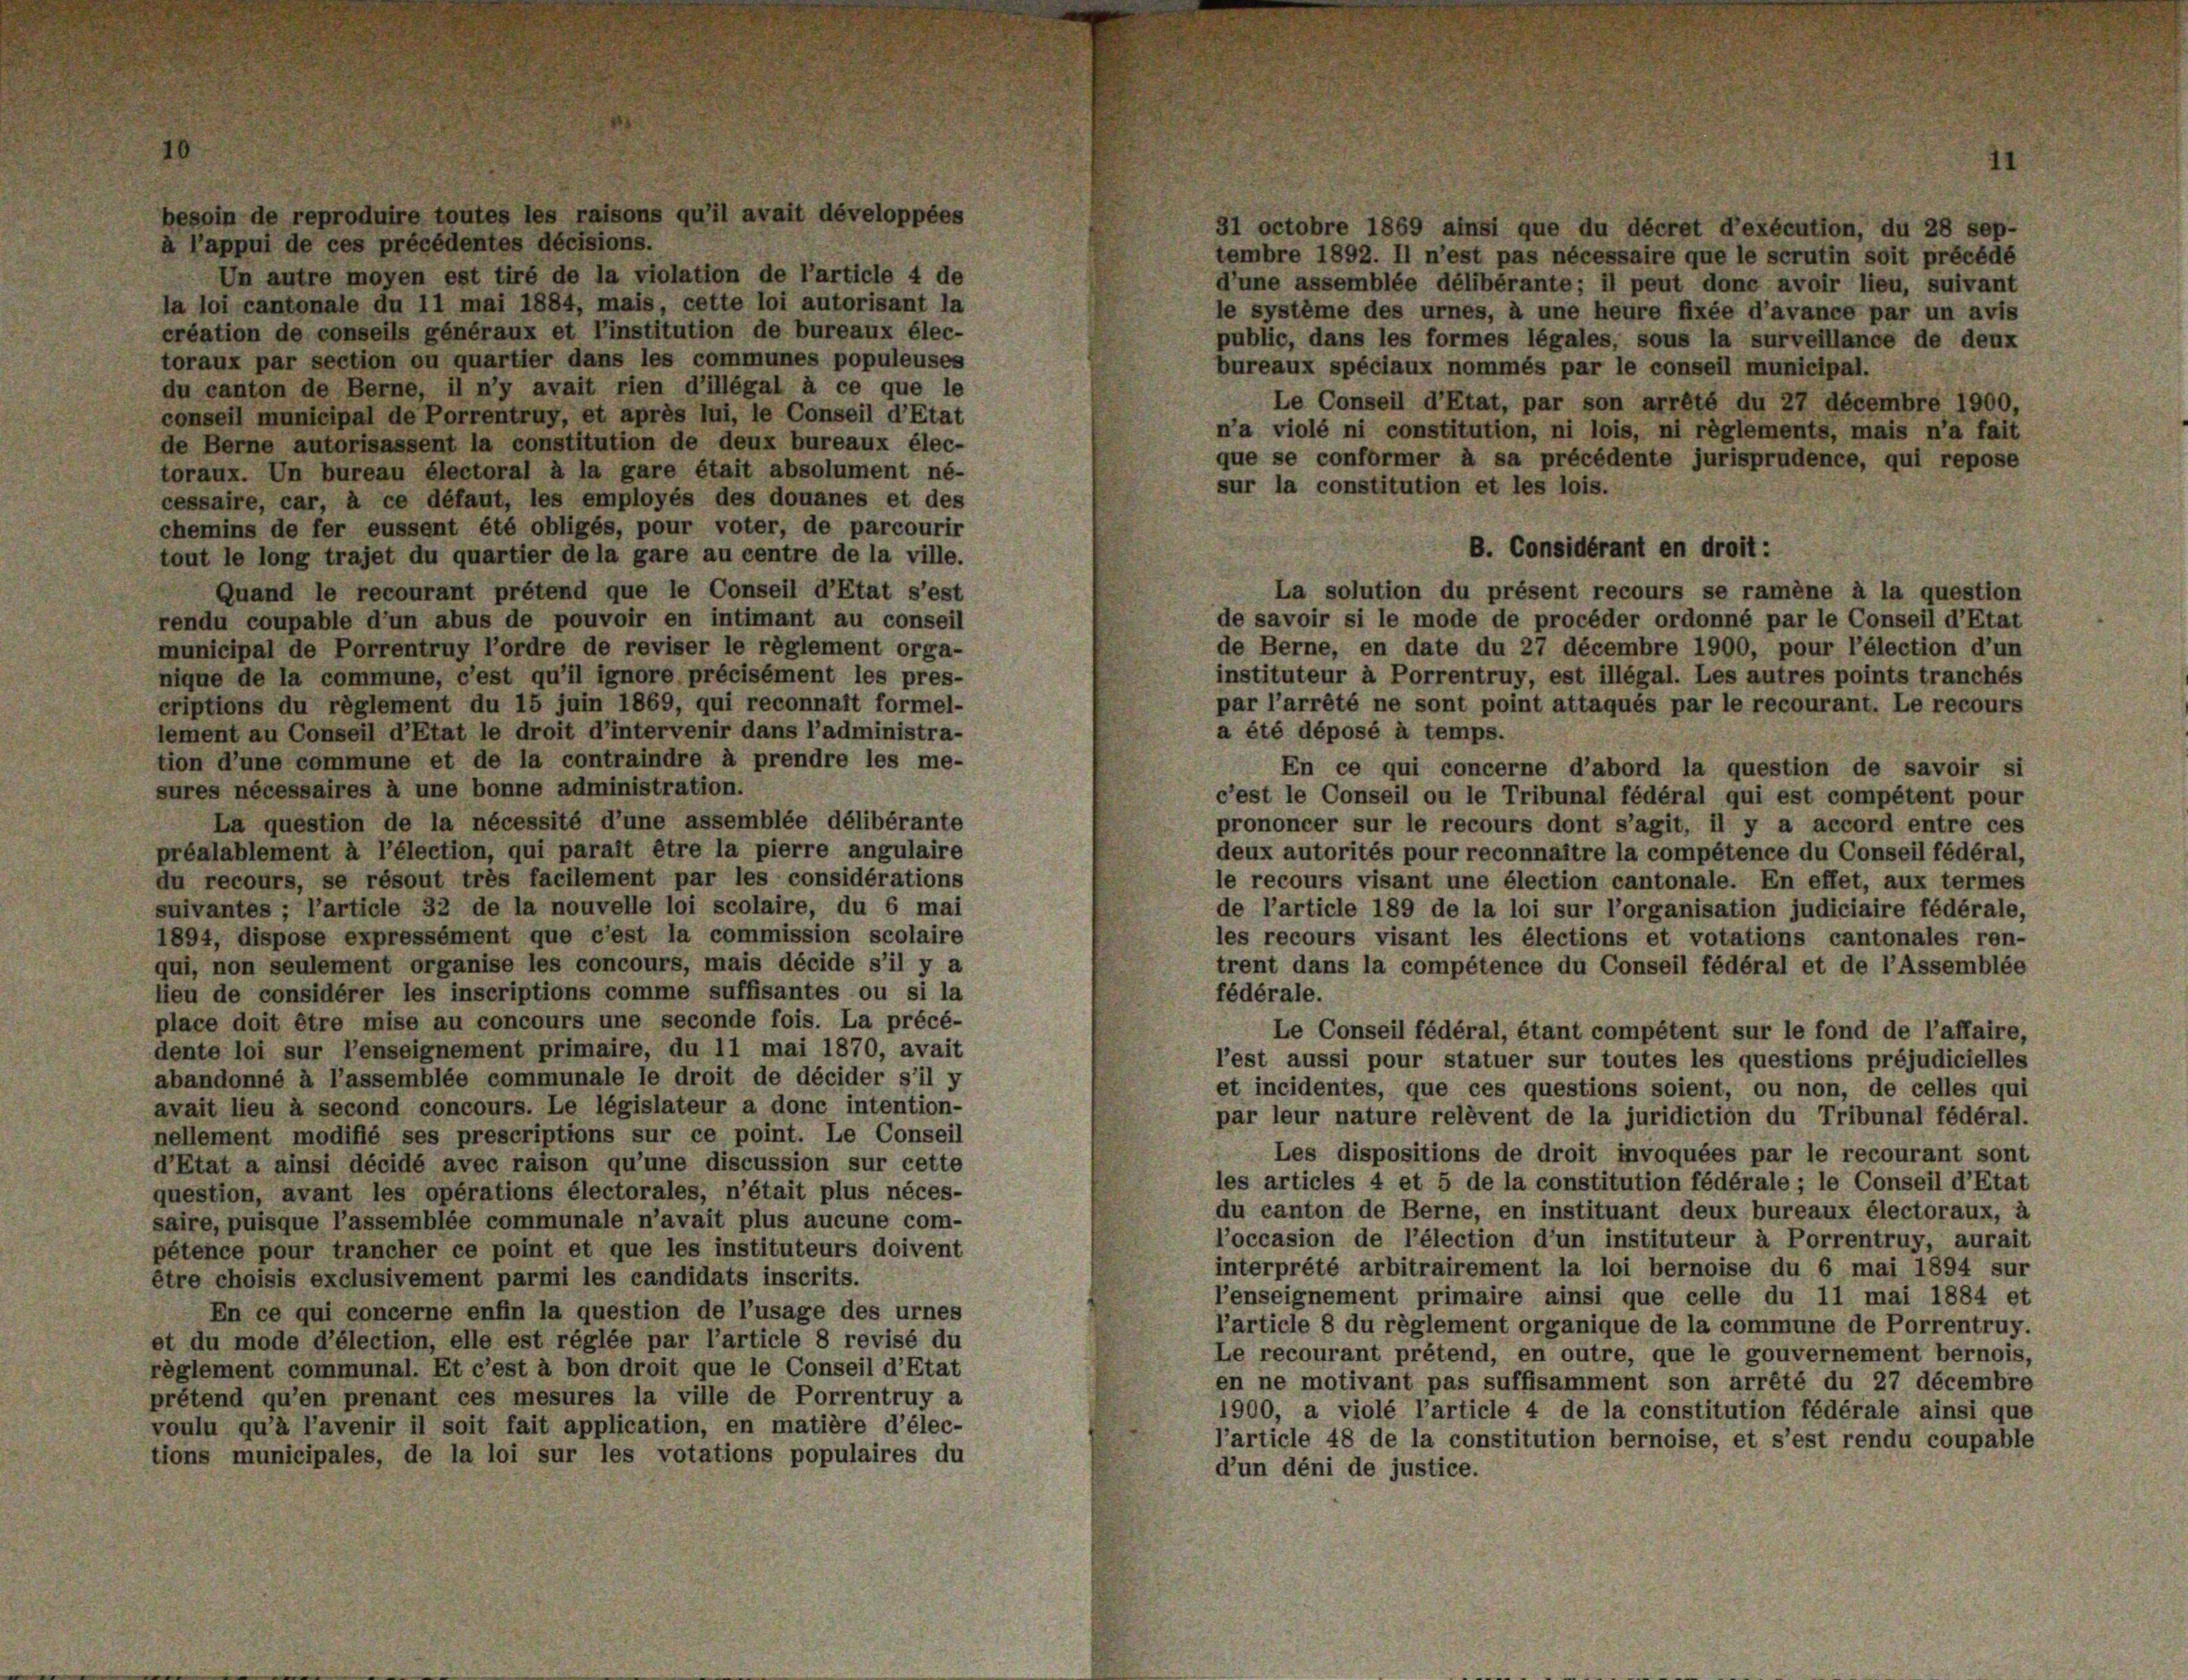
à l’appui de ces précédentes décisions.
Un autre moyen est tiré de la violation de l’article 4 de
la loi cantonale du 11 mai 1884, mais, cette loi autorisant la
création de conseils généraux et l’institution de bureaux élec-
toraux par section ou quartier dans les communes populeuses
du canton de Berne, il n’y avait rien d’illégal à ce que le
conseil municipal de Porrentruy, et après lui, le Conseil d’Etat
de Berne autorisassent la constitution de deux bureaux élec-
toraux. Un bureau électoral à la gare était absolument né-
cessaire, car, à ce défaut, les employés des douanes et des
chemins de fer eussent été obligés, pour voter, de parcourir
tout le long trajet du quartier de la gare au centre de la ville.
Quand le recourant prétend que le Conseil d’Etat s’est
rendu coupable d’un abus de pouvoir en intimant au conseil
municipal de Porrentruy l’ordre de reviser le règlement orga-
nique de la commune, c’est qu’il ignore précisément les pres-
criptions du règlement du 15 juin 1869, qui reconnaît formel-
lement au Conseil d’Etat le droit d’intervenir dans l’administra-
tion d’une commune et de la contraindre à prendre les me-
sures nécessaires à une bonne administration.
La question de la nécessité d’une assemblée délibérante
préalablement à l’élection, qui paraît être la pierre angulaire
du recours, se résout très facilement par les considérations
suivantes ; l’article 32 de la nouvelle loi scolaire, du 6 mai
1894, dispose expressément que c’est la commission scolaire
qui, non seulement organise les concours, mais décide s’il y a
lieu de considérer les inscriptions comme suffisantes ou si la
place doit être mise au concours une seconde fois. La précé-
dente loi sur l’enseignement primaire, du 11 mai 1870, avait
abandonné à l’assemblée communale le droit de décider s’il y
avait lieu à second concours. Le législateur a donc intention-
nellement modifié ses prescriptions sur ce point. Le Conseil
d’Etat a ainsi décidé avec raison qu’une discussion sur cette
question, avant les opérations électorales, n’était plus néces-
saire, puisque l’assemblée communale n’avait plus aucune com-
pétence pour trancher ce point et que les instituteurs doivent
être choisis exclusivement parmi les candidats inscrits.
En ce qui concerne enfin la question de l’usage des urnes
et du mode d’élection, elle est réglée par l’article 8 revisé du
règlement communal. Et c’est à bon droit que le Conseil d’Etat
prétend qu’en prenant ces mesures la ville de Porrentruy a
voulu qu’à l’avenir il soit fait application, en matière d’élec-
tions municipales, de la loi sur les votations populaires du

besoin de reproduire toutes les raisons qu’il avait développées

31 octobre 1869 ainsi que du décret d’exécution, du 28 sep-
tembre 1892. Il n’est pas nécessaire que le scrutin soit précédé
d’une assemblée délibérante; il peut done avoir lieu, suivant
le système des urnes, à une heure fixée d’avance par un avis
public, dans les formes légales, sous la surveillance de deux
bureaux spéciaux nommés par le conseil municipal.
Le Conseil d’Etat, par son arrété du 27 décembre 1900,
n’a violé ni constitution, ni lois, ni règlements, mais n’a fait
que se conformer à sa précédente jurisprudence, qui repose
sur la constitution et les lois.
de savoir si le mode de procéder ordonné par le Conseil d’Etat
de Berne, en date du 27 décembre 1900, pour l’élection d’un
instituteur à Porrentruy, est illégal. Les autres points tranchés
par l’arrêté ne sont point attaqués par le recourant. Le recours
a été déposé à temps.
En ce qui concerne d’abord la question de savoir si
c’est le Conseil ou le Tribunal fédéral qui est compétent pour
prononcer sur le recours dont s’agit, il y a accord entre ces
deux autorités pour reconnaître la compétence du Conseil fédéral,
le recours visant une élection cantonale. En effet, aux termes
de l’article 189 de la loi sur l’organisation judiciaire fédérale,
les recours visant les élections et votations cantonales ren-
trent dans la compétence du Conseil fédéral et de l’Assemblée
fédérale.
Le Conseil fédéral, étant compétent sur le fond de l’affaire,
l’est aussi pour statuer sur toutes les questions préjudicielles
et incidentes, que ces questions soient, ou non, de celles qui
par leur nature relèvent de la juridiction du Tribunal fédéral.
Les dispositions de droit invoquées par le recourant sont
les articles 4 et 5 de la constitution fédérale ; le Conseil d’Etat
du canton de Berne, en instituant deux bureaux électoraux, à
l’occasion de l’élection d’un instituteur à Porrentruy, aurait
interprété arbitrairement la loi bernoise du 6 mai 1894 sur
l’enseignement primaire ainsi que celle du 11 mai 1884 et
l’article 8 du règlement organique de la commune de Porrentruy.
Le recourant prétend, en outre, que le gouvernement bernois,
en ne motivant pas suffisamment son arrêté du 27 décembre
1900, a violé l’article 4 de la constitution fédérale ainsi que
l’article 48 de la constitution bernoise, et s’est rendu coupable
d’un déni de justice.

B. Considérant en droit:
La solution du présent recours se ramène à la question